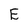
Character: E